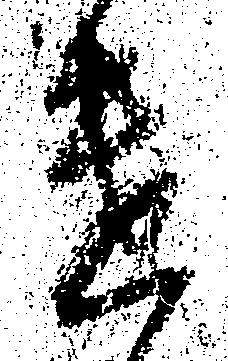
遣